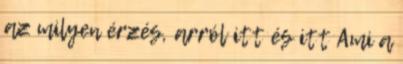
az milyen érzés, arról itt és itt Ami a